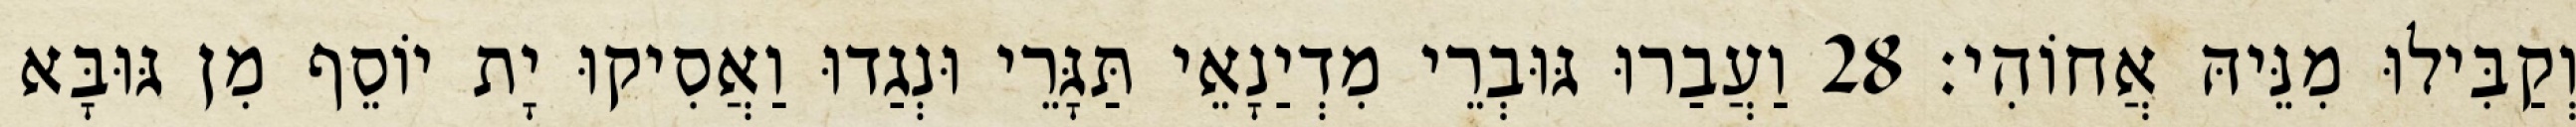
וְקַבִּילוּ מִנֵּיהּ אֲחוֹהִי׃ 28 וַעֲבַרוּ גּוּבְרֵי מִדְיַנָאֵי תַּגָּרֵי וּנְגַדוּ וַאֲסִיקוּ יָת יוֹסֵף מִן גּוּבָּא